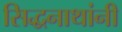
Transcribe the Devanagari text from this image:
सिद्धनाथांनी